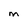
Character: M